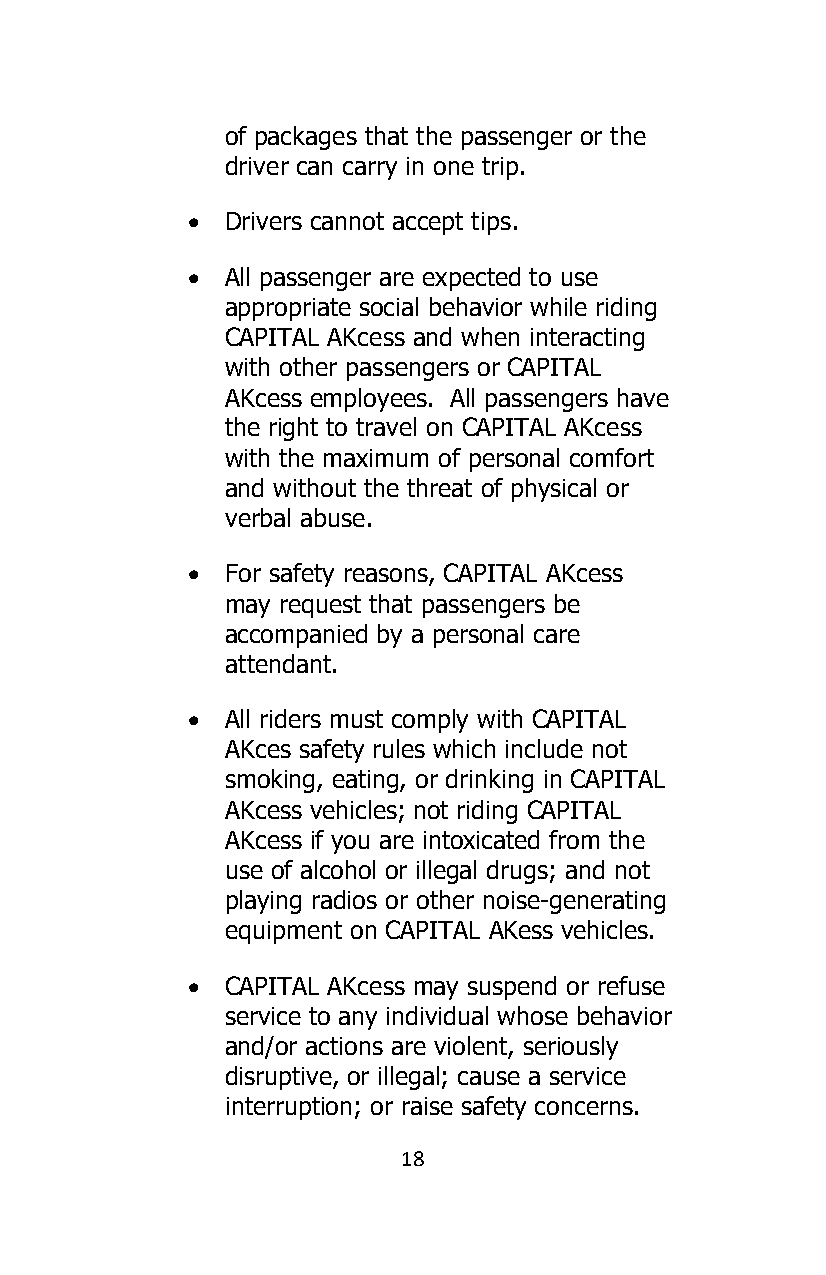
of packages that the passenger or the
 driver can carry in one trip.
 •  Drivers cannot accept tips.
 •  All passenger are expected to use
 appropriate social behavior while riding
 CAPITAL AKcess and when interacting
 with other passengers or CAPITAL
 AKcess employees. All passengers have
 the right to travel on CAPITAL AKcess
 with the maximum of personal comfort
 and without the threat of physical or
 verbal abuse.
 •  For safety reasons, CAPITAL AKcess
 may request that passengers be
 accompanied by a personal care
 attendant.
 •  All riders must comply with CAPITAL
 AKces safety rules which include not
 smoking, eating, or drinking in CAPITAL
 AKcess vehicles; not riding CAPITAL
 AKcess if you are intoxicated from the
 use of alcohol or illegal drugs; and not
 playing radios or other noise-generating
 equipment on CAPITAL AKess vehicles.
 •  CAPITAL AKcess may suspend or refuse
 service to any individual whose behavior
 and/or actions are violent, seriously
 disruptive, or illegal; cause a service
 interruption; or raise safety concerns.
 18